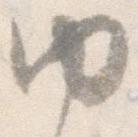
ゆ